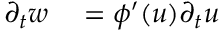
\begin{array} { r l } { \partial _ { t } w } & { { } = \phi ^ { \prime } ( u ) \partial _ { t } u } \end{array}